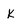
Character: k